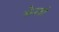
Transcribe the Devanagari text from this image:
केनजी